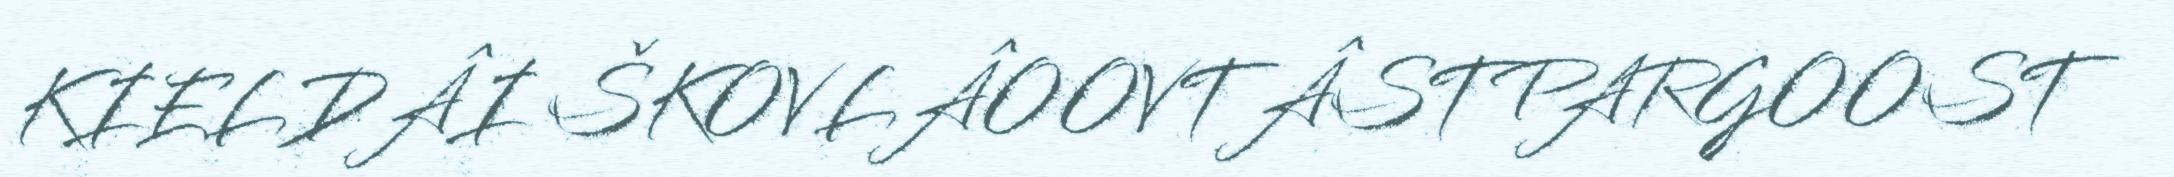
KIELDÂI ŠKOVLÂOOVTÂSTPARGOOST